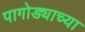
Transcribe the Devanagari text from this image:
पागोड्याच्या